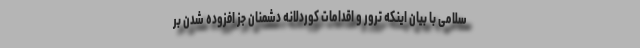
سلامی با بیان اینکه ترور و اقدامات کوردلانه دشمنان جز افزوده شدن بر